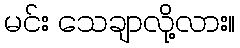
မင်း သေချာလို့လား။